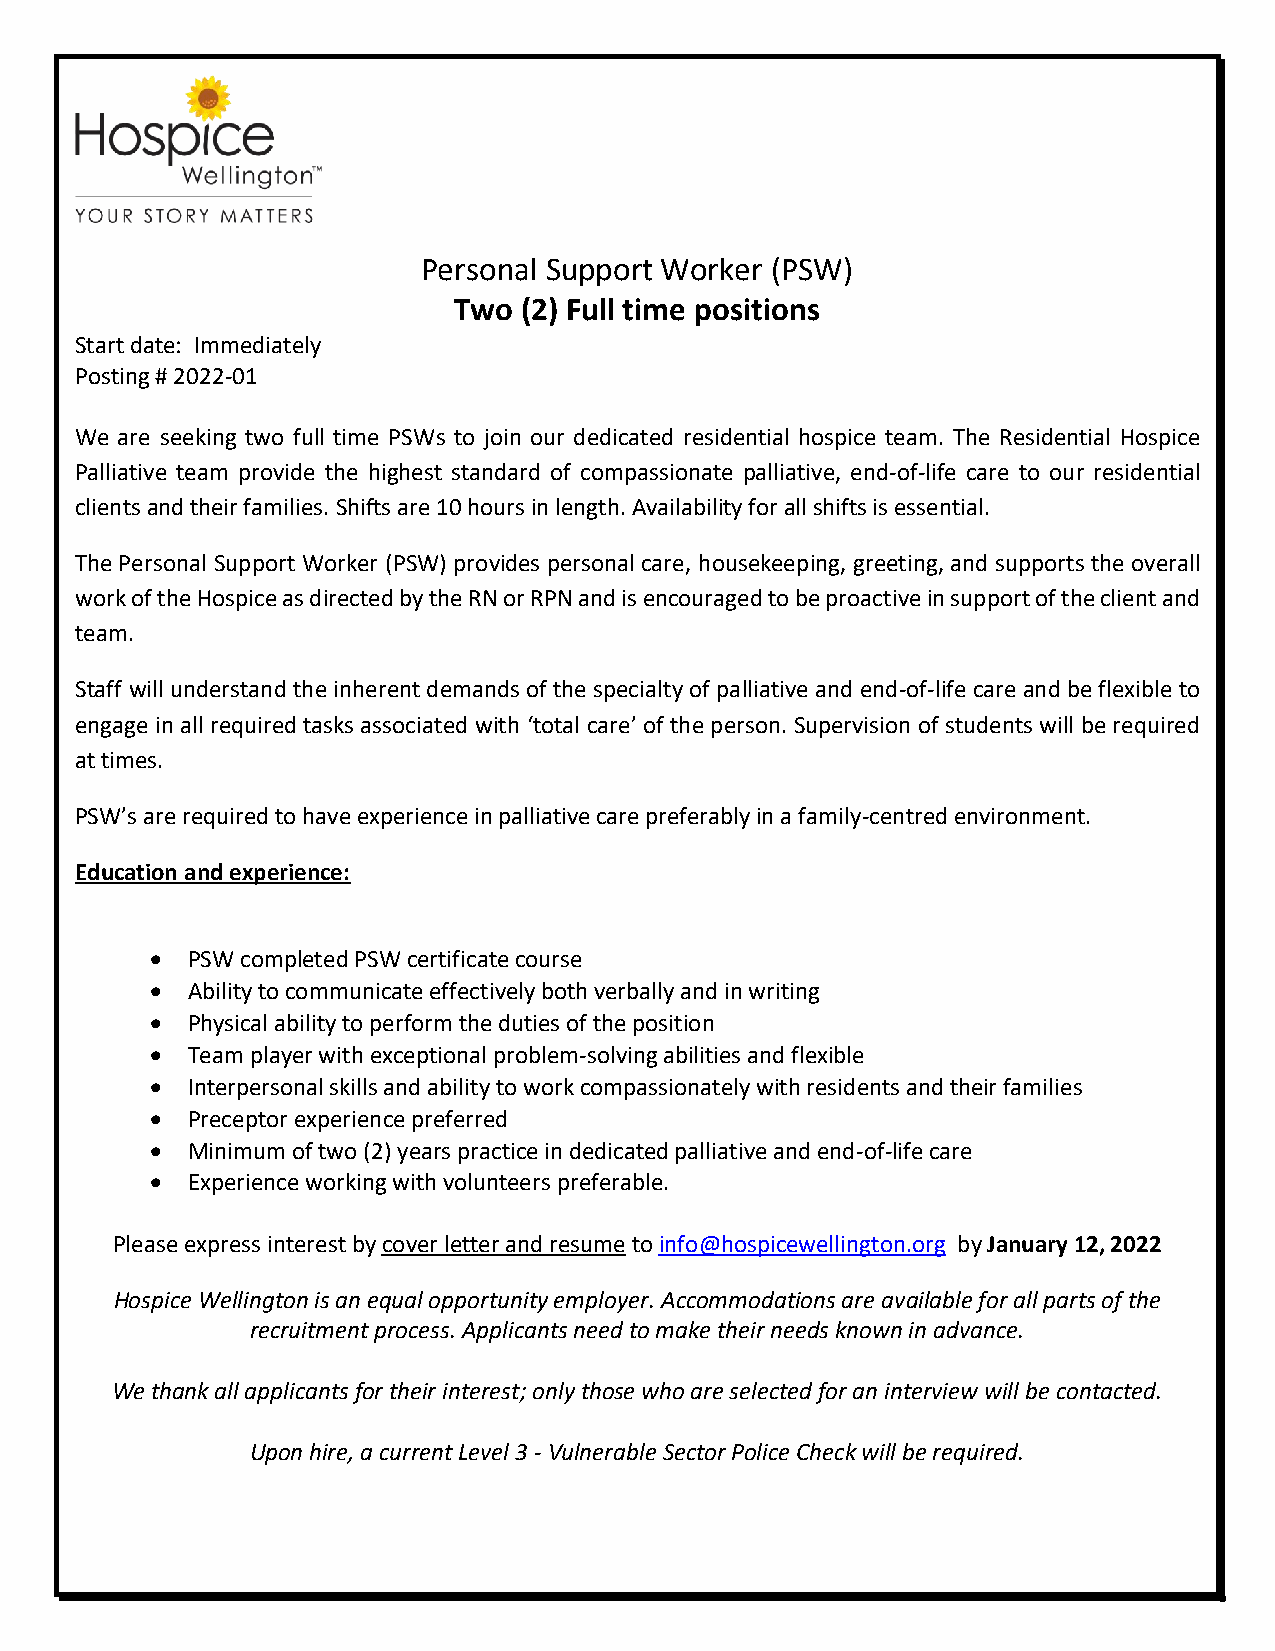
Personal Support Worker (PSW)
 Two (2) Full time positions
 Start date: Immediately
 Posting # 2022-01
 We are seeking two full time PSWs to join our dedicated residential hospice team. The Residential Hospice
 Palliative team provide the highest standard of compassionate palliative, end-of-life care to our residential
 clients and their families. Shifts are 10 hours in length. Availability for all shifts is essential.
 The Personal Support Worker (PSW) provides personal care, housekeeping, greeting, and supports the overall
 work of the Hospice as directed by the RN or RPN and is encouraged to be proactive in support of the client and
 team.
 Staff will understand the inherent demands of the specialty of palliative and end-of-life care and be flexible to
 engage in all required tasks associated with ‘total care’ of the person. Supervision of students will be required
 at times.
 PSW’s are required to have experience in palliative care preferably in a family-centred environment.
 Education and experience:
 • PSW completed PSW certificate course
 • Ability to communicate effectively both verbally and in writing
 • Physical ability to perform the duties of the position
 • Team player with exceptional problem-solving abilities and flexible
 • Interpersonal skills and ability to work compassionately with residents and their families
 • Preceptor experience preferred
 • Minimum of two (2) years practice in dedicated palliative and end-of-life care
 • Experience working with volunteers preferable.
 Please express interest by cover letter and resume to info@hospicewellington.org by January 12, 2022
 Hospice Wellington is an equal opportunity employer. Accommodations are available for all parts of the
 recruitment process. Applicants need to make their needs known in advance.
 We thank all applicants for their interest; only those who are selected for an interview will be contacted.
 Upon hire, a current Level 3 - Vulnerable Sector Police Check will be required.